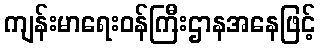
ကျန်းမာရေးဝန်ကြီးဌာနအနေဖြင့်